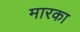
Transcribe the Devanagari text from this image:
मारका